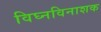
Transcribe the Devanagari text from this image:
विघ्नविनाशक